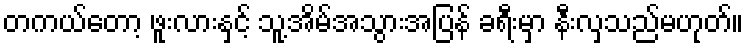
တကယ်တော့ ဖူးလားနှင့် သူ့အိမ်အသွားအပြန် ခရီးမှာ နီးလှသည်မဟုတ်။